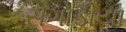
સગોડીયા